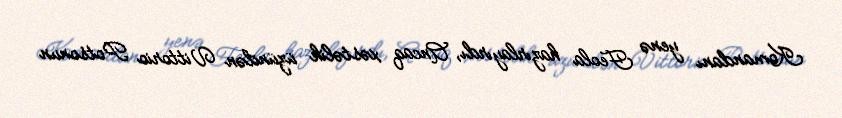
Komandanı yenə Feola hazırlayırdı, Ancaq xəstəlik üzündən Vittorio Potsonun